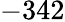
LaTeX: -342